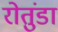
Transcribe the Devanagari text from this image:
रोतुंडा